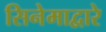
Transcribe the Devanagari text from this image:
सिनेमाद्वारे